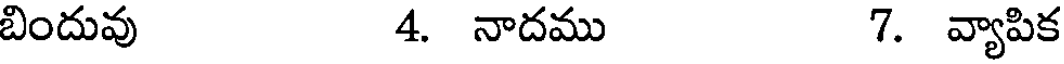
బిందువు 4 నాదము 7. వ్యాపిక